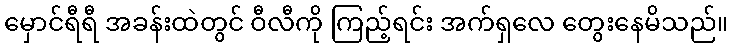
မှောင်ရီရီ အခန်းထဲတွင် ဝီလီကို ကြည့်ရင်း အက်ရှလေ တွေးနေမိသည်။